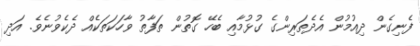
ފެނިގެން ދިއުމުން އެދެތަރިންގެ ގުޅުމާއި ބެހޭ ގޮތުން ތަފާތު ވާހަކަތަކެއް ދެކެވުނެވެ. އަދި